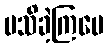
မသိခဲ့ကြပေ